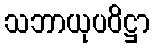
သဘာယုပဝိဋ္ဌာ